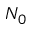
N _ { 0 }